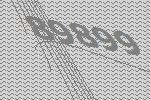
89899